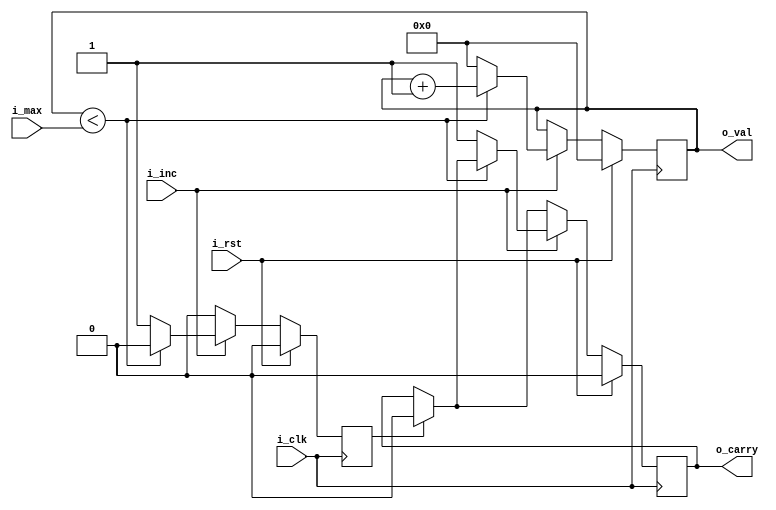
`timescale 1ns / 1ps

module counter_4bit(
	 input i_clk,
	 input i_rst,
	 input [3:0] i_max,
	 input i_inc,
	 output reg [3:0] o_val,
	 output reg o_carry
	);

	reg carry_last; 

	//counting logic
	always @(posedge i_clk)
	begin
		if(i_rst) begin
			o_val[3:0] <= 4'b0000;
			o_carry <= 1'b0; 
			carry_last <= 1'b0;
		end
		else begin
			if (carry_last == 1'b1) begin
				o_carry <= 1'b0;
				carry_last <= 1'b0;
			end

			if (i_inc) begin //If I have to increment...
				if(o_val < i_max) begin //Normal counting 
					o_val <= o_val + 1'b1;	
				end
				else begin  
					o_carry <= 1'b1;
					carry_last <= 1'b1;
					o_val <= 4'b0;
				end
			end
		end //End of else begin 
	end //End of always begin 
endmodule